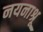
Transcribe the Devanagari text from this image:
नयनाश्रू